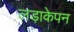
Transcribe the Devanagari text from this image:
लड़ाकेपन